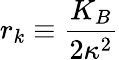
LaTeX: r_{k}\equiv\frac{K_{B}}{2\kappa^{2}}